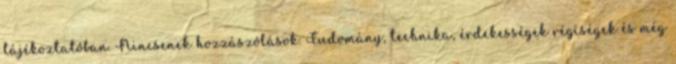
tájékoztatóban. Nincsenek hozzászólások. Tudomány, technika, érdekességek régiségek és még